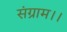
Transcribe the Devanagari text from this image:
संग्राम।।